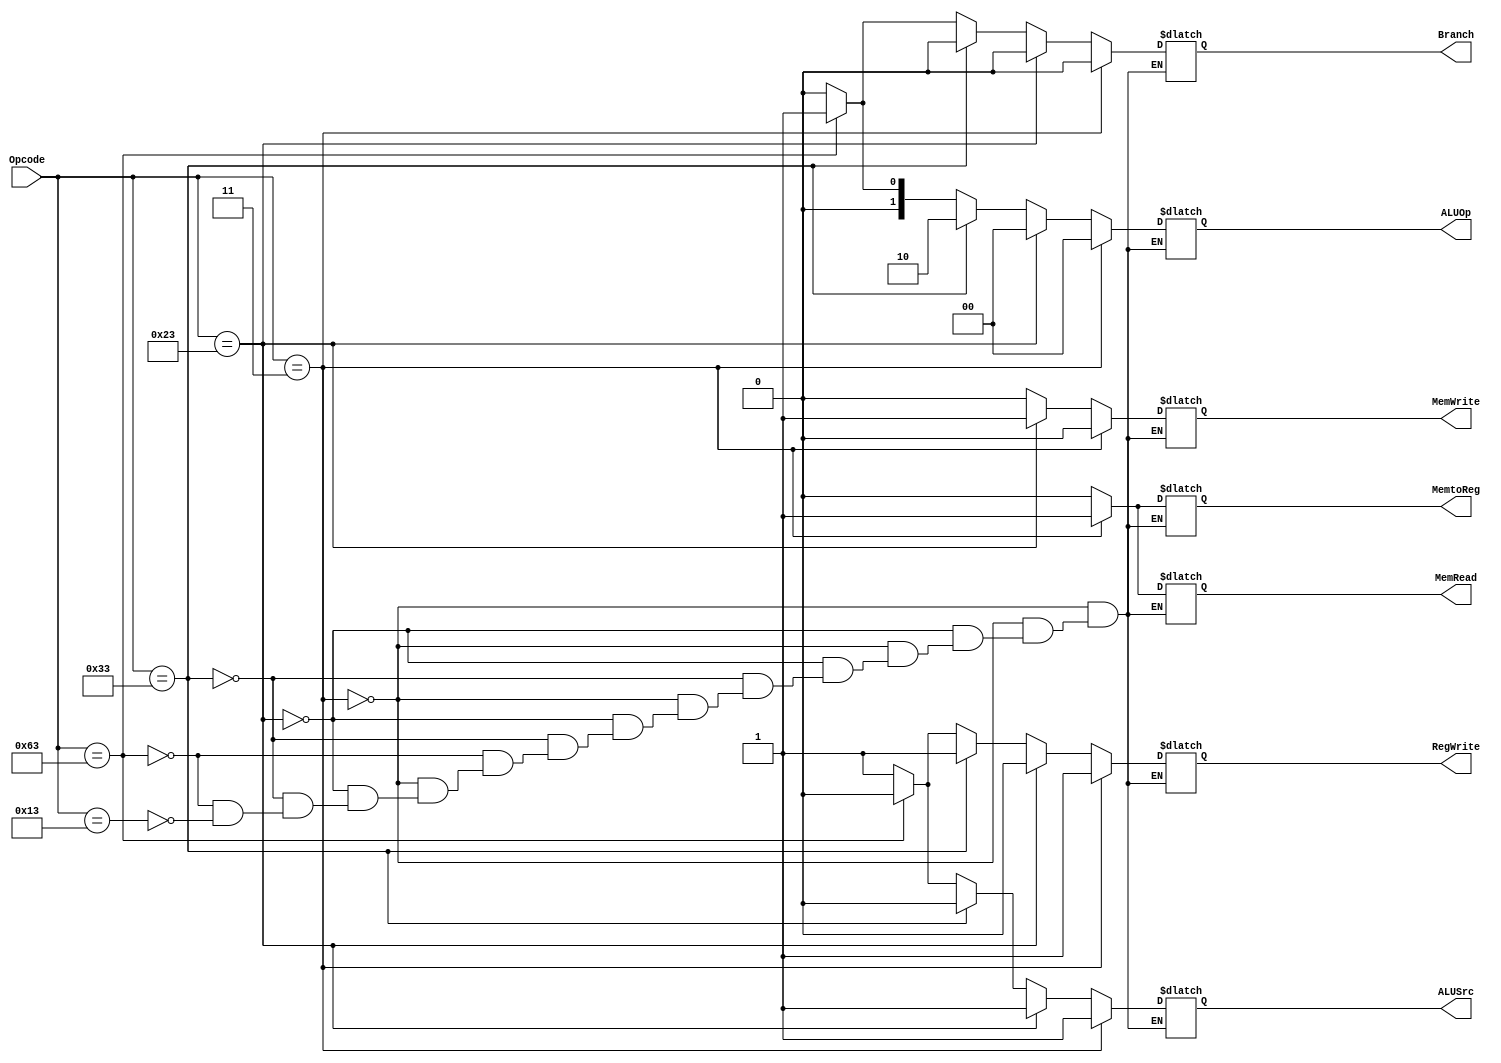
`timescale 1ns / 1ps

module Control_unit
(
input [6:0] Opcode,
output reg Branch, MemRead, MemtoReg, MemWrite, ALUSrc, RegWrite,
output reg [1:0] ALUOp
);
always @ (Opcode)
begin
if (Opcode == 7'b0000011)//ld
        begin
          ALUSrc = 1'b1;
          MemtoReg = 1'b1;
          RegWrite = 1'b1;
          MemRead = 1'b1;
          MemWrite = 1'b0;
          Branch = 1'b0;
          ALUOp =2'b00;
        end
      
      else if (Opcode == 7'b0100011) // I type SD
        begin
          ALUSrc = 1'b1;
          MemtoReg = 1'bx;
          RegWrite = 1'b0;
          MemRead = 1'b0;
          MemWrite = 1'b1;
          Branch = 1'b0;
          ALUOp =2'b00;
        end
      
      else if (Opcode == 7'b0110011)  //R type
        begin
          ALUSrc = 1'b0;
          MemtoReg = 1'b0;
          RegWrite = 1'b1;
          MemRead = 1'b0;
          MemWrite = 1'b0;
          Branch = 1'b0;
          ALUOp =2'b10;
        end
      
      else if (Opcode == 7'b1100011) //SB
        begin
          ALUSrc = 1'b0;
          MemtoReg = 1'bx;
          RegWrite = 1'b0;
          MemRead = 1'b0;
          MemWrite = 1'b0;
          Branch = 1'b1;
          ALUOp =2'b01;
        end
      else if (Opcode == 7'b0010011)//addi
        begin
          ALUSrc = 1'b1;
          MemtoReg = 1'b0;
          RegWrite = 1'b1;
          MemRead = 1'b0;
          MemWrite = 1'b0;
          Branch = 1'b0;
          ALUOp =2'b00;
        end
end
endmodule